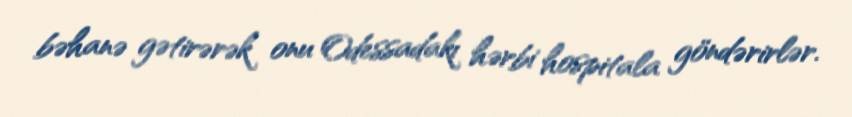
bəhanə gətirərək onu Odessadakı hərbi hospitala göndərirlər.